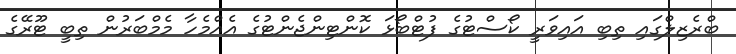
ބްރެޒިލްގައި ތިބި އައިވަރީ ކޯސްޓުގެ ފުޓްބޯޅަ ކޮންޓިންޖެންޓުގެ އެއްމެހާ މެމްބަރުން ތިބީ ޓޫރޭގެ